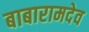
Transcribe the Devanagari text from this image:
बाबारामदेव